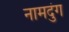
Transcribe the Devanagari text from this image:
नामदुंग